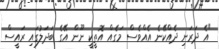
"އެ ދަރަނި ދެއްކޭނެ އެއްވެސް މަގެއް އޮތީކީ ނޫން އޭގެ ބަދަލުގައި ރައީސް